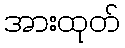
အားထုတ်